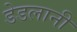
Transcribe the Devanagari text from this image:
डेडलानी